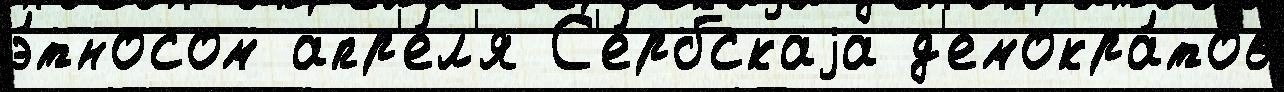
э́тносом апр'е́л'я С'е́рбскаjа д'емокра́тов